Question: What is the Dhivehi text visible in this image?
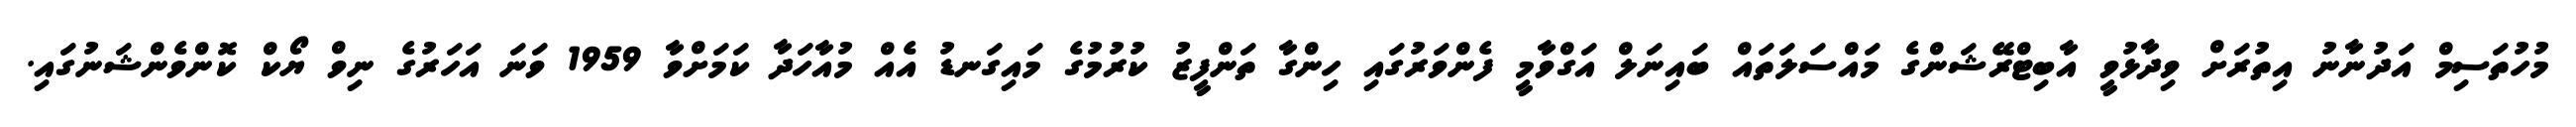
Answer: މުހުތަސިމް އަދުނާނު އިތުރަށް ވިދާޅުވީ އާބިޓްރޭޝަންގެ މައްސަލަތައް ބައިނަލް އަގްވާމީ ފެންވަރުގައި ހިންގާ ތަންފީޒު ކުރުމުގެ މައިގަނޑު އެއް މުއާހަދާ ކަމަށްވާ 1959 ވަނަ އަހަރުގެ ނިވް ޔޯކް ކޮންވެންޝަނުގައި.